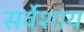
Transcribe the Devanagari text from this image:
सर्वेशाय